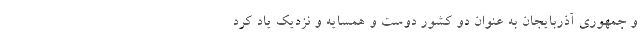
و جمهوری آذربایجان به عنوان دو کشور دوست و همسایه و نزدیک یاد کرد